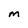
Character: M